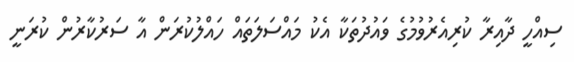
ސިއްހީ ދާއިރާ ކުރިއެރުވުމުގެ ވައުދުތަކާ އެކު މައްސަލަތައް ހައްލުކުރަން އާ ސަރުކާރުން ކުރަނީ